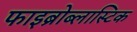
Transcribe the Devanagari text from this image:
फाइब्रोब्लास्टिक